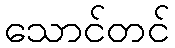
သောင်တင်